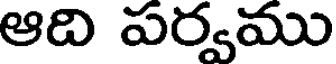
ఆది పర్వము